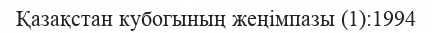
Қазақстан кубогының жеңімпазы (1):1994